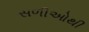
સળીઓથી